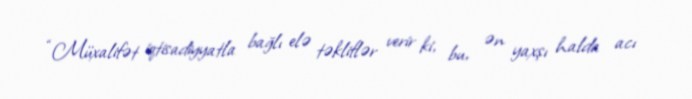
“Müxalifət iqtisadiyyatla bağlı elə təkliflər verir ki, bu, ən yaxşı halda acı